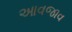
આવજાવ